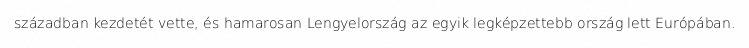
században kezdetét vette, és hamarosan Lengyelország az egyik legképzettebb ország lett Európában.